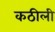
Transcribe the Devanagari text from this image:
कठीली